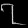
Digit: ၇